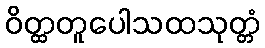
ဝိတ္ထတူပေါသထသုတ္တံ